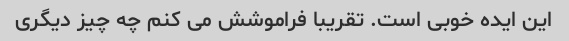
این ایده خوبی است. تقریبا فراموشش می کنم چه چیز دیگری